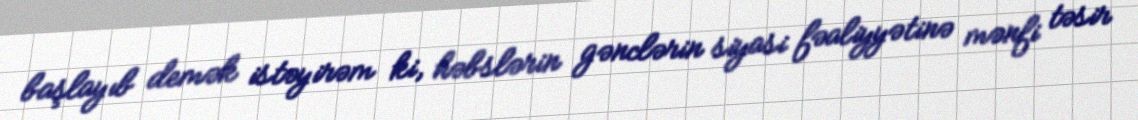
başlayıb demək istəyirəm ki, həbslərin gənclərin siyasi fəaliyyətinə mənfi təsir